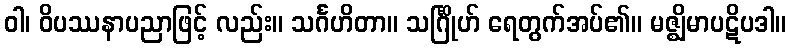
ဝါ၊ ဝိပဿနာပညာဖြင့် လည်း။ သင်္ဂဟိတာ။ သင်္ဂြိုဟ် ရေတွက်အပ်၏။ မဇ္ဈိမာပဋိပဒါ။